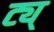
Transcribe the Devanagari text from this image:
ट्य्